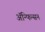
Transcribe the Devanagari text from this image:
ॲन्फिन्सन